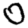
Digit: 0